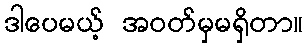
ဒါပေမယ့် အဝတ်မှမရှိတာ။